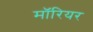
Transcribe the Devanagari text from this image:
मॉरियर